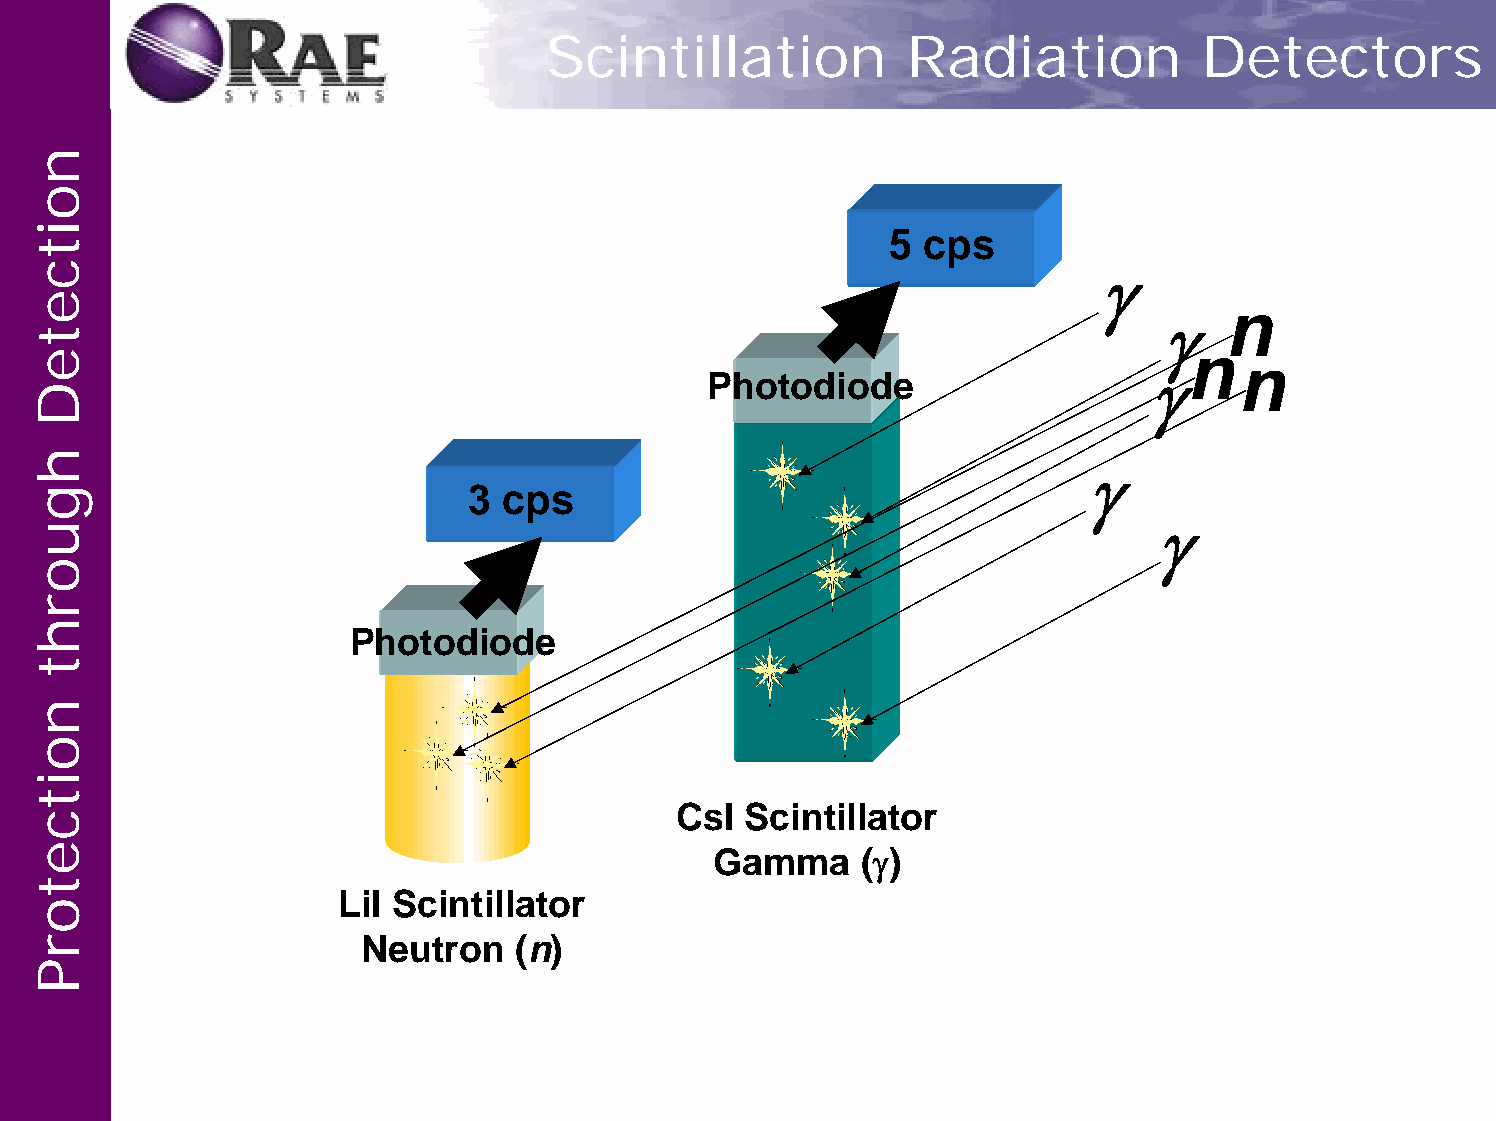
Scintillation           Radiation           Detectors
 5 cps
 γ
 n
 γ
 n
 n
 Photodiode                   γ
 γ
 3 cps
 γ
 Photodiode
 CsI Scintillator
 Gamma     (γ)
 LiI Scintillator
 Neutron   (n)
 noitceteD
 hguorht
 noitcetorP